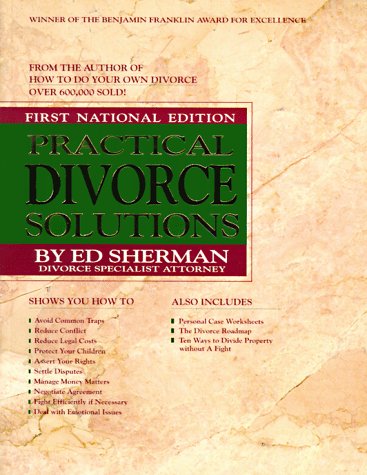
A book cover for Practical Divorce Solutions: How to Settle Out of Court (National ed); Charles E. Sherman; Law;